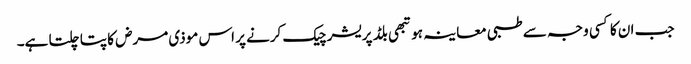
جب ان کا کسی وجہ سے طبی معاینہ ہو تبھی بلڈ پریشر چیک کرنے پر اس موذی مرض کا پتا چلتا ہے۔